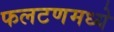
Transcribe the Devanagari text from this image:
फलटणमध्ये